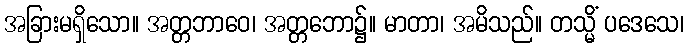
အခြားမရှိသော။ အတ္တဘာဝေ၊ အတ္တဘော၌။ မာတာ၊ အမိသည်။ တသ္မိံ ပဒေသေ၊